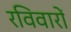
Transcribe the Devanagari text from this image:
रविवारों